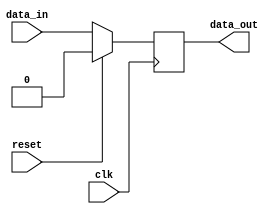
module register (
    input wire clk,
    input wire reset,
    input wire data_in,
    output reg data_out
    );

    // Register storage element
    always @(posedge clk) begin
        if (reset) begin
            data_out <= 1'b0; // Initialize to 0
        end else begin
            data_out <= data_in;
        end
    end

endmodule